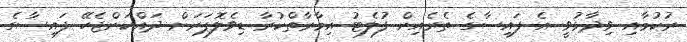
ރުކުމާއި ވިދާޅުވީ އެ ފައިސާގެ ތެރެއިން ފުލެޓު އިމާރާތްކުރާ ޑިވެލޮޕަރަށް ދައްކަންޖެހޭ ފައިސާގެ